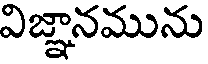
విజ్ఞానమును